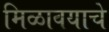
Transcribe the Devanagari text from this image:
मिळावयाचे